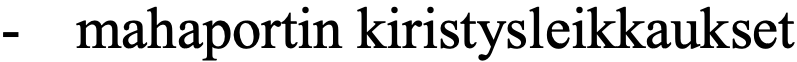
-  mahaportin kiristysleikkaukset